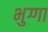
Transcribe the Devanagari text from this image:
भुग्गा